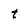
Character: t